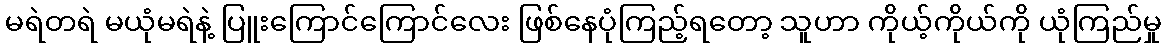
မရဲတရဲ မယုံမရဲနဲ့ ပြူးကြောင်ကြောင်လေး ဖြစ်နေပုံကြည့်ရတော့ သူဟာ ကိုယ့်ကိုယ်ကို ယုံကြည်မှု